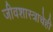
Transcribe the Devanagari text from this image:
जीवशास्त्राचेही